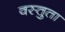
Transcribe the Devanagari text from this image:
वस्तुता